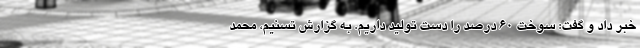
خبر داد و گفت: ‌سوخت ۶۰ درصد را دست تولید داریم. به گزارش تسنیم، محمد